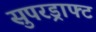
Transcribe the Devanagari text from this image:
सुपरड्राफ्ट